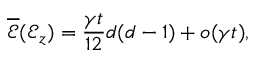
\overline { { \mathscr { E } } } ( \mathcal { E } _ { z } ) = \frac { \gamma t } { 1 2 } d ( d - 1 ) + o ( \gamma t ) ,